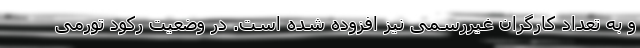
و به تعداد کارگران غیررسمی نیز افزوده شده است. در وضعیت رکود تورمی